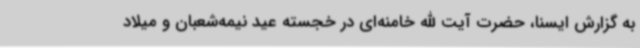
به گزارش ایسنا، حضرت آیت الله خامنه‌ای در خجسته عید نیمه‌شعبان و میلاد